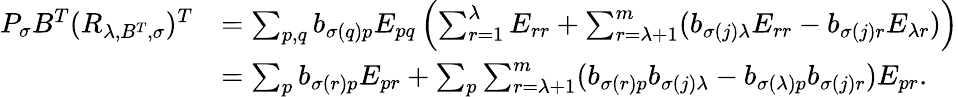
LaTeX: \begin{array}{rl}{P_{\sigma}B^{T}(R_{\lambda,B^{T},\sigma})^{T}}&{=\sum_{p,q}b_{\sigma(q)p}E_{pq}\left(\sum_{r=1}^{\lambda}E_{rr}+\sum_{r=\lambda+1}^{m}(b_{\sigma(j)\lambda}E_{rr}-b_{\sigma(j)r}E_{\lambda r})\right)}\\ &{=\sum_{p}b_{\sigma(r)p}E_{pr}+\sum_{p}\sum_{r=\lambda+1}^{m}(b_{\sigma(r)p}b_{\sigma(j)\lambda}-b_{\sigma(\lambda)p}b_{\sigma(j)r})E_{pr}.}\end{array}